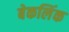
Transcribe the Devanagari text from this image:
बेकलिंक